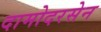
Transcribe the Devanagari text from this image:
दामोदरसेन